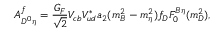
A _ { D ^ { 0 } \eta } ^ { f } = { \frac { G _ { F } } { \sqrt 2 } } V _ { c b } V _ { u d } ^ { * } a _ { 2 } ( m _ { B } ^ { 2 } - m _ { \eta } ^ { 2 } ) f _ { D } F _ { 0 } ^ { B \eta } ( m _ { D } ^ { 2 } ) ,